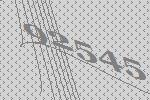
92545